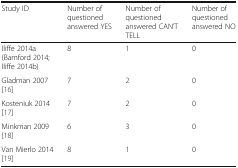
| Study ID | Number of questioned answered YES | Number of questioned answered CAN’T TELL | Number of questioned answered NO |
 | --- | --- | --- | --- |
 | Iliffe 2014a (Bamford 2014; Iliffe 2014b) | 8 | 1 | 0 |
 | Gladman 2007 [16] | 7 | 2 | 0 |
 | Kosteniuk 2014 [17] | 7 | 2 | 0 |
 | Minkman 2009 [18] | 6 | 3 | 0 |
 | Van Mierlo 2014 [19] | 8 | 1 | 0 |